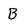
Character: B